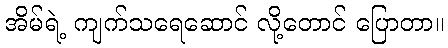
အိမ်ရဲ့ ကျက်သရေဆောင် လို့တောင် ပြောတာ။